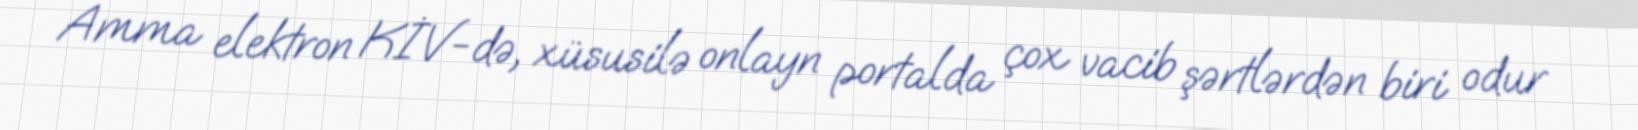
Amma elektron KİV-də, xüsusilə onlayn portalda çox vacib şərtlərdən biri odur